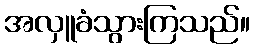
အလှူခံသွားကြသည်။